system: You are a helpful assistant.
user:
Analyze the provided spectrum to determine if it is a **Carbon Star (C-type)**.

- **Key Visual Indicators of Carbon Star:**
    - **(Primary):** Strong molecular absorption from **C₂ (diatomic carbon) "Swan Bands."** This is the **defining feature** of a carbon star.
        - **(Key Bandheads):** Sharp absorption edges are visible at approximately $5635$ Å, $5165$ Å (the strongest band), and $4737$ Å.
        - **(Line Profile):** Creates a distinct **"saw-tooth"** pattern. The key morphology is a sharp, steep bandhead on the **red (long-wavelength) side**, which then gradually tapers off (i.e., flux recovers) towards the **blue (short-wavelength) side**. *(This is the direct opposite of the TiO bands seen in M-type stars)*.

    - **(Secondary):** Intense **CN (cyanogen)** molecular absorption bands.
        - **(Key Bandheads):** Located in the blue and violet regions of the spectrum (e.g., near $4215$ Å and $3883$ Å).
        - **(Morphology):** These bands are extremely broad and act as a "blanket," absorbing the vast majority of blue and violet light. This creates a characteristic **"cliff"** or **"steep drop-off"** in the spectrum's flux at short wavelengths.

    - **(Key Confirmation):** Strong **CH absorption band (G-band)**.
        - **(Key Bandhead):** Located around $4300$ Å. The contribution from CH molecules to this band is exceptionally strong.

    - **(Overall Spectrum):**
        - The continuum is severely "chopped up" by these deep molecular bands, especially C₂, rather than appearing as a smooth curve.
        - Due to the heavy CN and C₂ absorption in the blue-green, the vast majority of the star's flux is concentrated in the red part of the spectrum, giving the star its characteristic deep red color.

Think first, call **spectral_visualization_tool** if needed to examine features in detail, then provide your final answer. Your response must adhere to the following strict rules:
1.  **Overall Structure:** Your response must follow the format `<think>...</think> <tool_call>...</tool_call> (if a tool is used) <answer>...</answer>`.
2.  **Tool Usage Constraint:** You may only make **one** tool call per turn.
3.  **Final Answer Format:** In the `<answer>` tag, your conclusion must be inside a `\boxed{}` command (e.g., `\boxed{YES}`), followed by your justification.

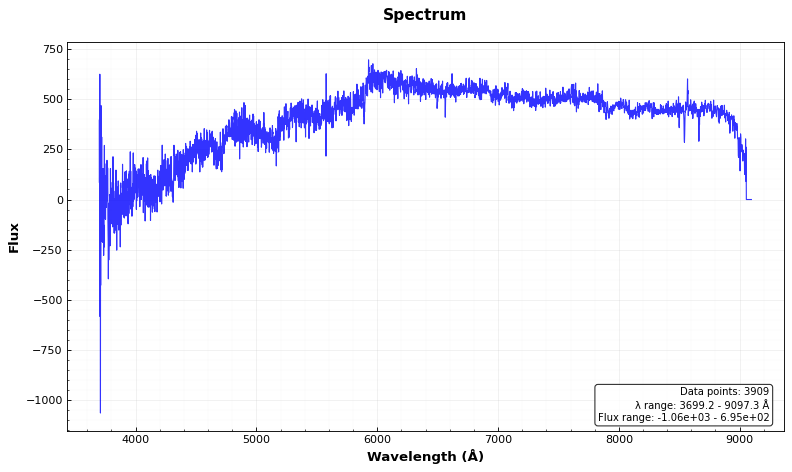
Answer: YES